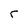
Character: r